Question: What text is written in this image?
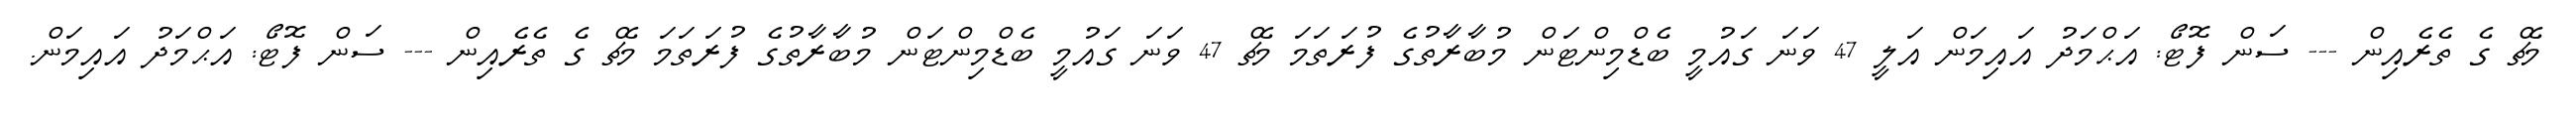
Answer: މެޗް ގެ ތެރެއިން --- ސަން ފޮޓޯ: އަޙްމަދު އައިމަން އަލީ 47 ވަނަ ގައުމީ ބެޑްމިންޓަން މުބާރާތުގެ ފުރަތަމަ މެޗް 47 ވަނަ ގައުމީ ބެޑްމިންޓަން މުބާރާތުގެ ފުރަތަމަ މެޗް ގެ ތެރެއިން --- ސަން ފޮޓޯ: އަޙްމަދު އައިމަން.